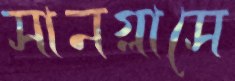
সানগ্লাসে